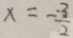
x = - \frac { - 3 } { 2 }